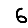
Digit: 6